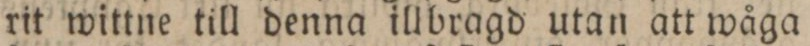
rit wittne till denna illbragd utan att wåga